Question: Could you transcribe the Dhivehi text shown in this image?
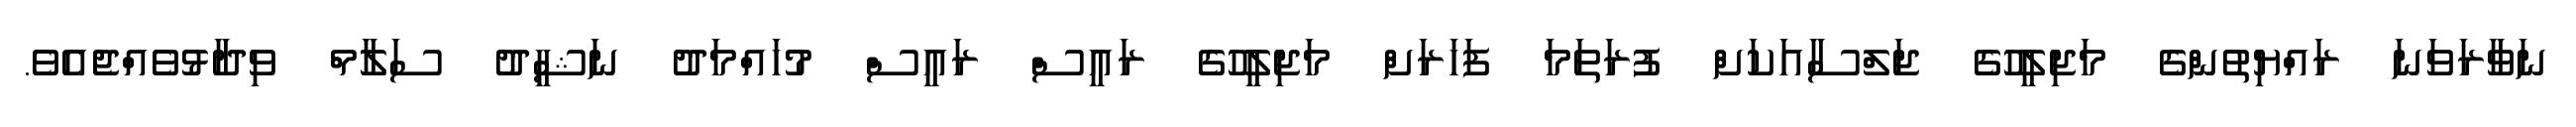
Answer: ނަވާރަވަނަ ރައްޔިތުންގެ މަޖިލީހުގެ ޖަލްސާއަކަށް ފުރަތަމަ ފަހަރަށް މަޖިލީހުގެ ރައީސް ރައީސް މުހައްމަދު ނަޝީދު ސަލާމް ވިދާޅުވެއްޖެއެވެ.